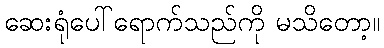
ဆေးရုံပေါ်ရောက်သည်ကို မသိတော့။